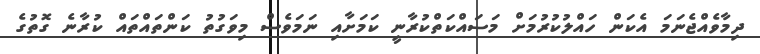
ދިމާވެއްޖެނަމަ އެކަން ހައްލުކުރުމަށް މަސައްކަތްކުރާނީ ކަމަށާއި ނަމަވެސް މިވަގުތު ކަންތައްތައް ކުރާނެ ގޮތުގެ